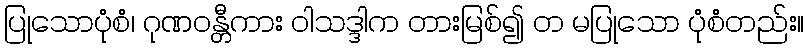
ပြုသောပုံစံ၊ ဂုဏဝန္တီကား ဝါသဒ္ဒါက တားမြစ်၍ တ မပြုသော ပုံစံတည်း။